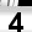
Digit: 4